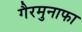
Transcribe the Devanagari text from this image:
गैरमुनाफा